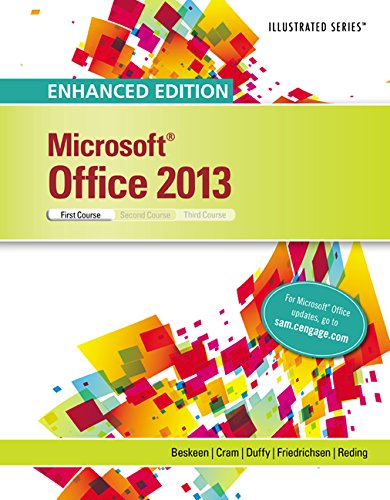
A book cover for Enhanced Microsoft Office 2013: Illustrated Introductory, First Course (Microsoft Office 2013 Enhanced Editions); David W. Beskeen; Computers & Technology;